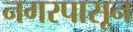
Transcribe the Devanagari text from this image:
नगरपासून